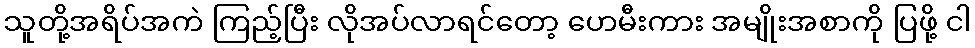
သူတို့အရိပ်အကဲ ကြည့်ပြီး လိုအပ်လာရင်တော့ ဟေမီးကား အမျိုးအစာကို ပြဖို့ ငါ